NAE_eestikeelseid_kaarte, lk 12
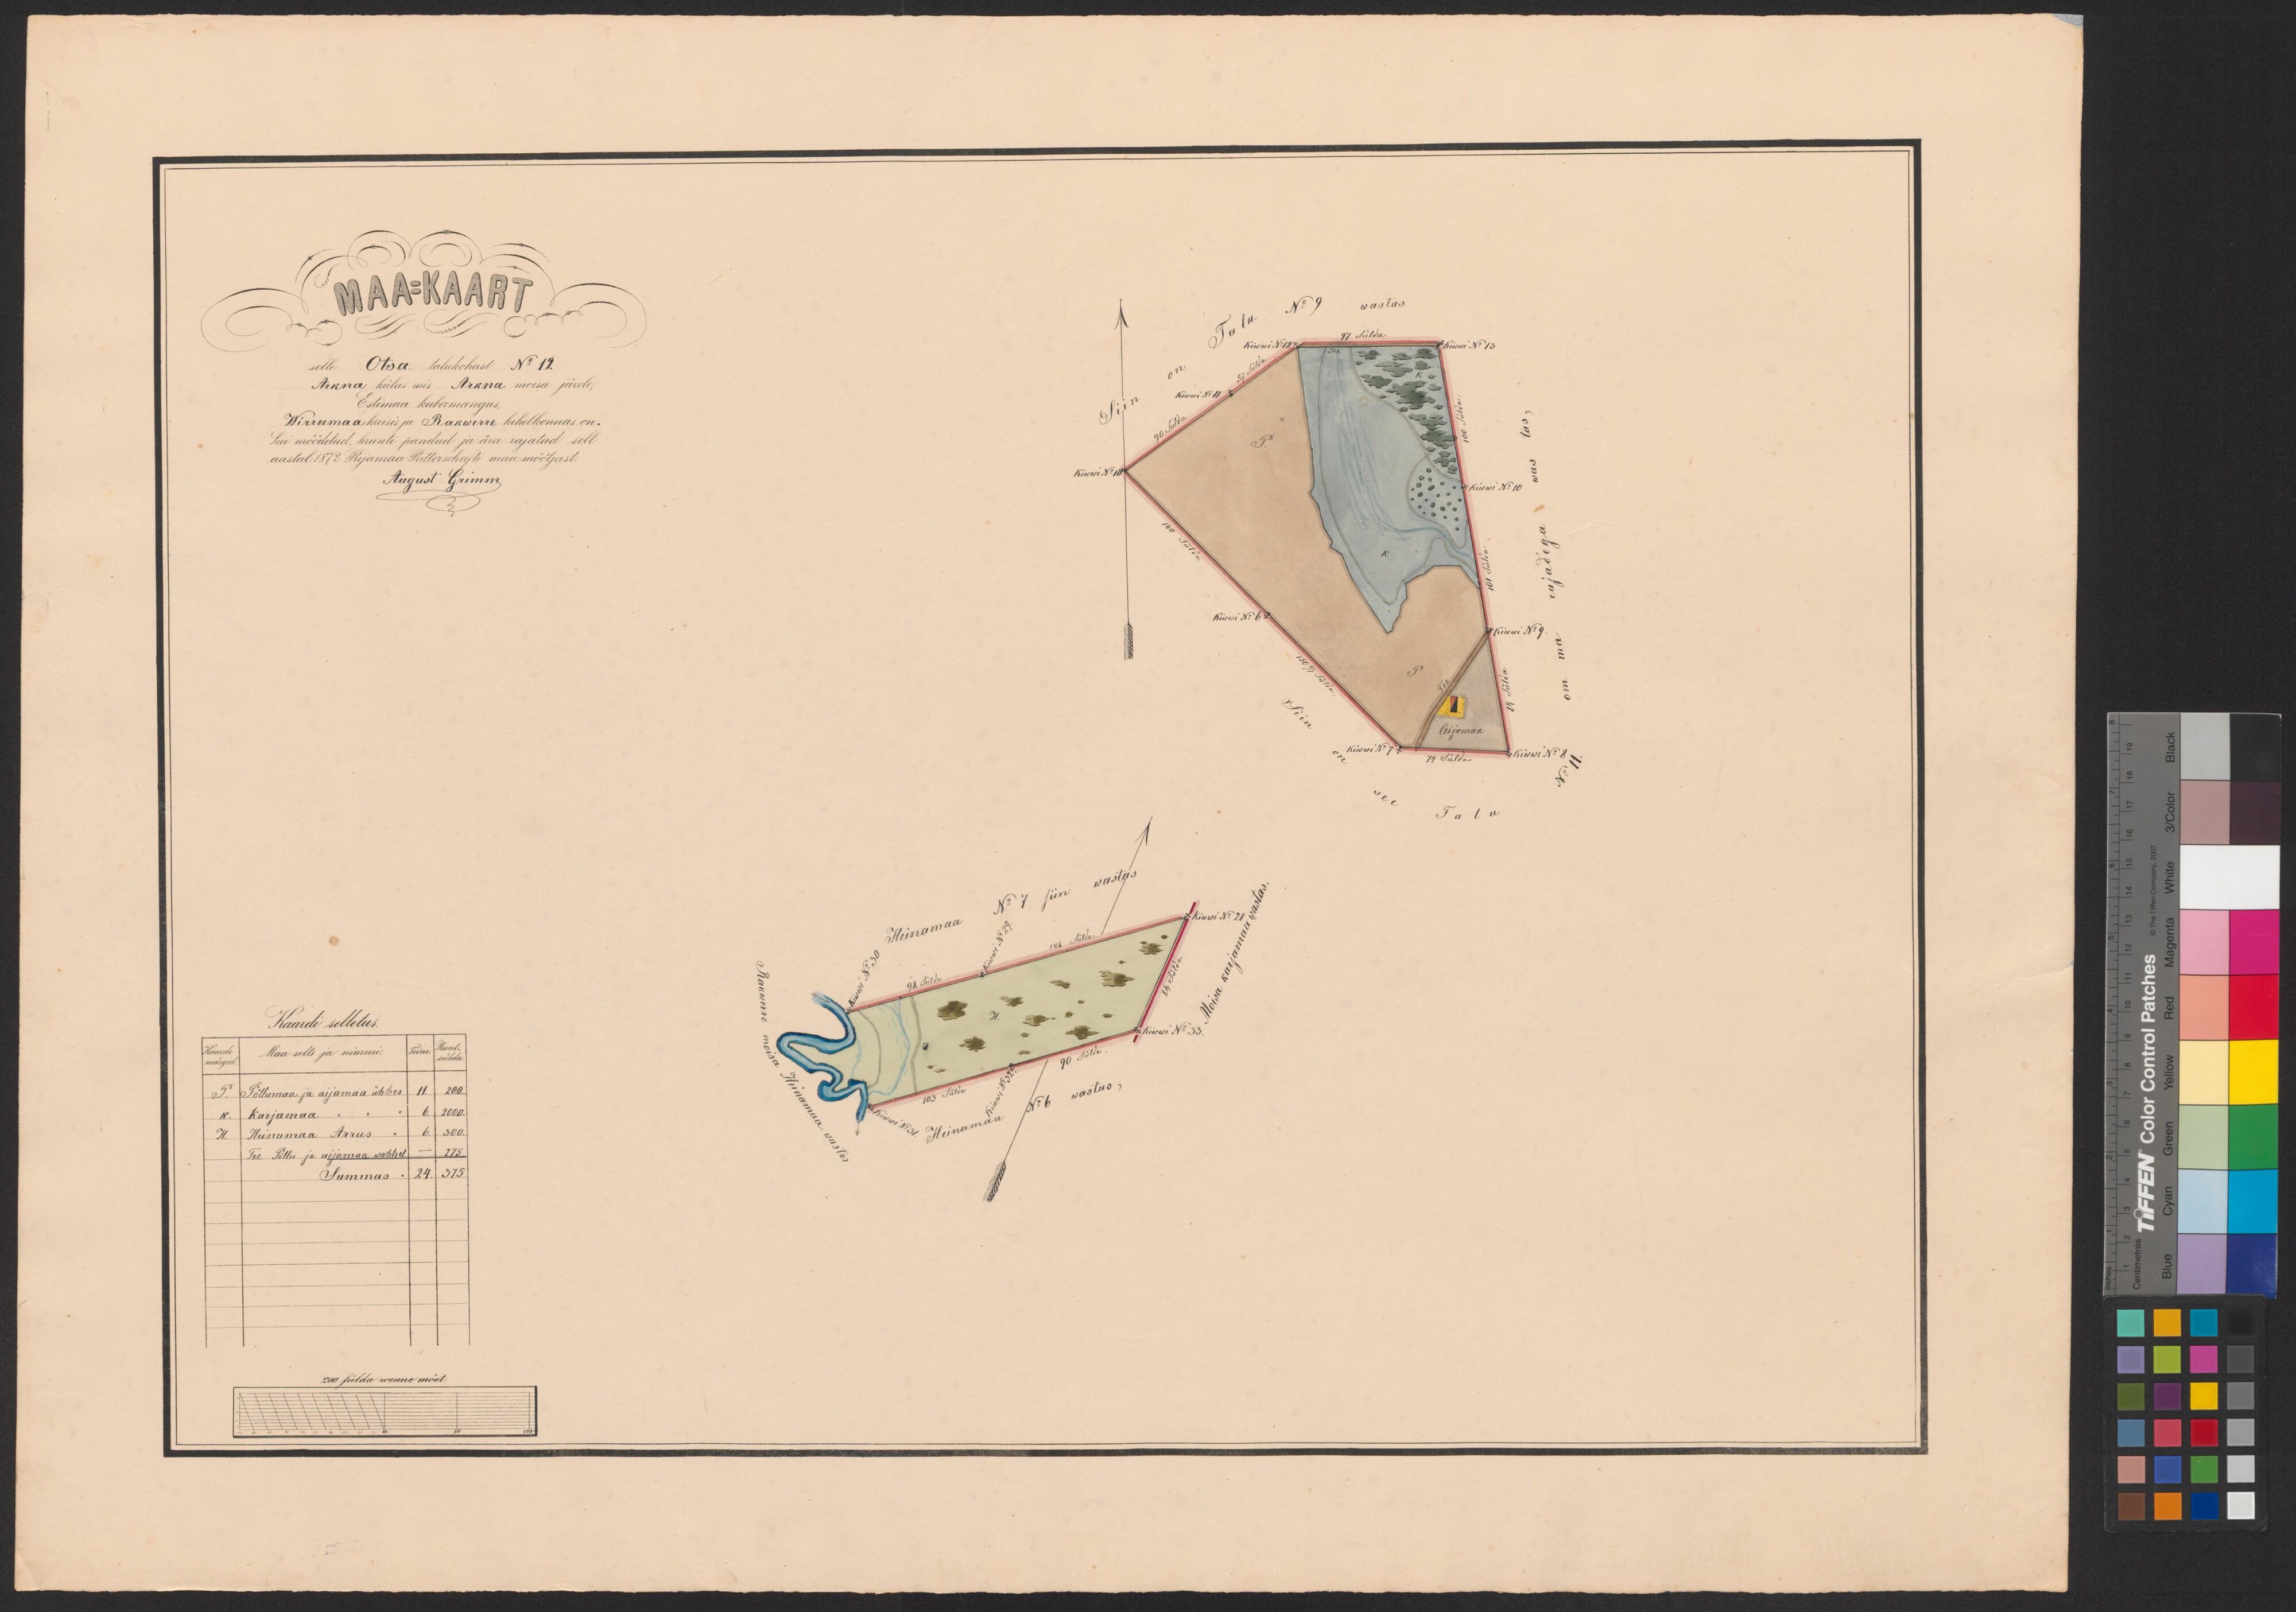
MAA=KAART
selle Otsa talukohast No 12
Arkna külas mis Arkna mõisa järele
Estimaa kubermangus,
Wirrumaa kreisis ja Rakwere kihelkonnas on.
Sai möödetud, krunti pandud ja ära rajatud sell
aastal 1872 Rijamaa Ritterschafti maa möötjast
August Grimm
Kaardi selletus.
Maa selts ja nimmi.
põllumaa ja ajjamaa ühhes
Karjamaa
Heinamaa Arrus
Tee Põllu ja aijamaa wahhel
200 sülda wenne mõet